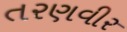
તરણવીર